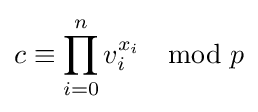
c\equiv \prod _{i=0}^{n}v_{i}^{x_{i}}\mod p